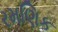
રમણિક